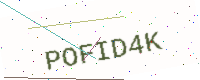
Text: POFID4K